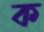
ক